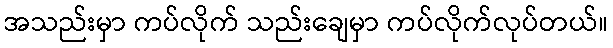
အသည်းမှာ ကပ်လိုက် သည်းချေမှာ ကပ်လိုက်လုပ်တယ်။